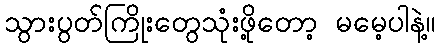
သွားပွတ်ကြိုးတွေသုံးဖို့တော့ မမေ့ပါနဲ့။